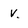
Character: v